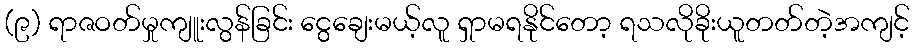
(၉) ရာဇဝတ်မှုကျူးလွန်ခြင်း ငွေချေးမယ့်လူ ရှာမရနိုင်တော့ ရသလိုခိုးယူတတ်တဲ့အကျင့်